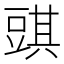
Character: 𧯯